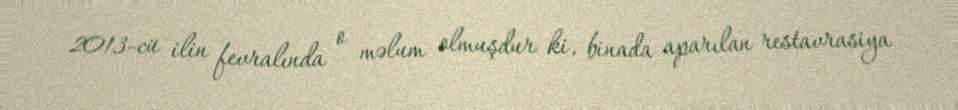
2013-cü ilin fevralında o məlum olmuşdur ki, binada aparılan restavrasiya